Annual report on the Civil Veterinary Department, Burma (including the Insein Veterinary School) - 1923-1931
Year: 1923
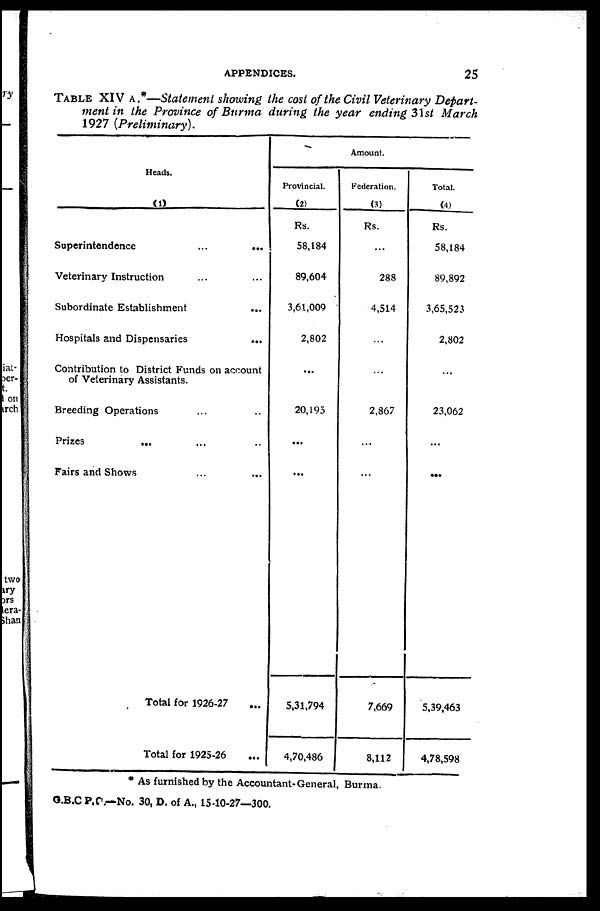
APPENDICES.
25
TABLE XIV A.*—Statement showing the cost of the Civil Veterinary Depart-
ment in the Province of Burma during the year ending 31st March
1927 (Preliminary).
Heads.
(1)
Superintendence
...
...
Veterinary Instruction ... ...
Subordinate Establishment ...
Hospitals and Dispensaries
...
Contribution to District Funds on account
of Veterinary Assistants.
Breeding Operations ... ..
Prizes
... ... ..
Fairs and Shows ... ...
Total for 1926-27
Total for 1925-26
Amount.
Provincial.
(2)
Rs.
58,184
89,604
3,61,009
2,802
...
20,195
...
...
5,31,794
4,70,486
Federation.
(3)
Rs.
...
288
4,514
...
...
2,867
...
...
7,669
8,112
Total.
(4)
Rs.
58,184
89,892
3,65,523
2,802
...
23,062
...
...
5,39,463
4,78,598
* As furnished by the Accountant-General, Burma.
G.B.C P.C.—No. 30, D. of A., 15-10-27—300.